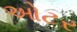
ઓટર